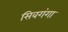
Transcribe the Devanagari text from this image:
सिवगंगा